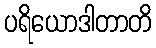
ပရိယောဒါတာတိ